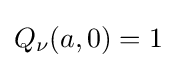
Q_{\nu }(a,0)=1